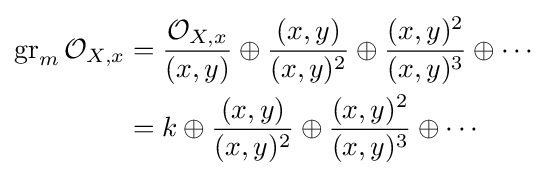
{\begin{aligned}\operatorname {gr} _{m}{\mathcal {O}}_{X,x}&={\frac {{\mathcal {O}}_{X,x}}{(x,y)}}\oplus {\frac {(x,y)}{(x,y)^{2}}}\oplus {\frac {(x,y)^{2}}{(x,y)^{3}}}\oplus \cdots \\&=k\oplus {\frac {(x,y)}{(x,y)^{2}}}\oplus {\frac {(x,y)^{2}}{(x,y)^{3}}}\oplus \cdots \end{aligned}}